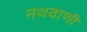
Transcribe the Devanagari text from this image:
नथवाणी